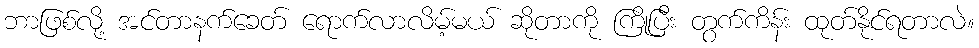
ဘာဖြစ်လို့ အင်တာနက်ခေတ် ရောက်လာလိမ့်မယ် ဆိုတာကို ကြိုပြီး တွက်ကိန်း ထုတ်နိုင်ရတာလဲ။